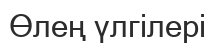
Өлең үлгілері